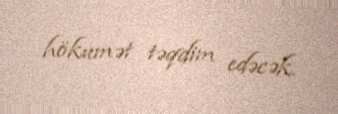
hökumət təqdim edəcək.